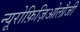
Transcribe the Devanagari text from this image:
न्यूरोफ़िज़िओलौजी